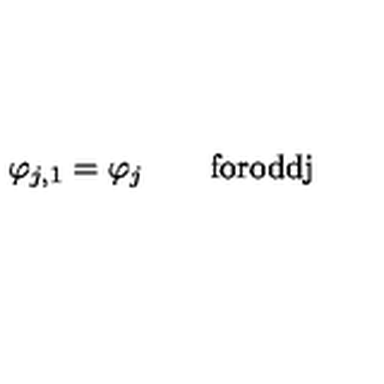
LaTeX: \varphi _ { j , 1 } = \varphi _ { j } \qquad \mathrm { f o r o d d j }